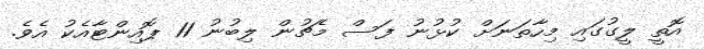
އޮތީ ލީގުގައި މިހާތަނަށް ކުޅުނު ފަސް މެޗުން ލިބުނު 11 ޕޮއިންޓާއެކު އެވެ.